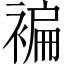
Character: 褊